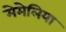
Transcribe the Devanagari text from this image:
मेमेलिया